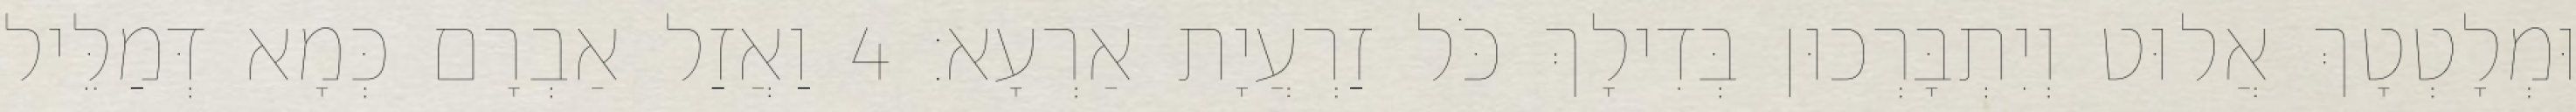
וּמְלָטְטָךְ אֲלוּט וְיִתְבָּרְכוּן בְּדִילָךְ כֹּל זַרְעֲיָת אַרְעָא׃ 4 וַאֲזַל אַבְרָם כְּמָא דְּמַלֵּיל